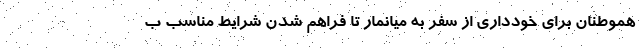
هموطنان برای خودداری از سفر به میانمار تا فراهم شدن شرایط مناسب ب